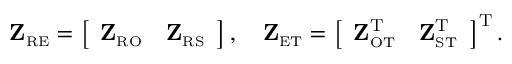
\begin{array} { r } { \mathbf { Z } _ { \scriptscriptstyle \mathrm { R } \scriptscriptstyle \mathrm { E } } = \left[ \begin{array} { l l } { \mathbf { Z } _ { \scriptscriptstyle \mathrm { R } \scriptscriptstyle \mathrm { O } } } & { \mathbf { Z } _ { \scriptscriptstyle \mathrm { R } \scriptscriptstyle \mathrm { S } } } \end{array} \right] , \quad \mathbf { Z } _ { \scriptscriptstyle \mathrm { E } \scriptscriptstyle \mathrm { T } } = \left[ \begin{array} { l l } { \mathbf { Z } _ { \scriptscriptstyle \mathrm { O } \scriptscriptstyle \mathrm { T } } ^ { \mathrm { T } } } & { \mathbf { Z } _ { \scriptscriptstyle \mathrm { S } \scriptscriptstyle \mathrm { T } } ^ { \mathrm { T } } } \end{array} \right] ^ { \mathrm { T } } . } \end{array}